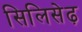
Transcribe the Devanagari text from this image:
सिलिसेढ़